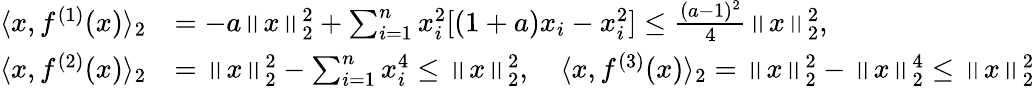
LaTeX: \begin{array}{rl}{\langle x,f^{(1)}(x)\rangle_{2}}&{=-a\left\| x\right\| _{2}^{2}+\sum_{i=1}^{n}x_{i}^{2}[(1+a)x_{i}-x_{i}^{2}]\leq\frac{(a-1)^{2}}{4}\left\| x\right\| _{2}^{2},}\\ {\langle x,f^{(2)}(x)\rangle_{2}}&{=\left\| x\right\| _{2}^{2}-\sum_{i=1}^{n}x_{i}^{4}\leq\left\| x\right\| _{2}^{2},\quad\langle x,f^{(3)}(x)\rangle_{2}=\left\| x\right\| _{2}^{2}-\left\| x\right\| _{2}^{4}\leq\left\| x\right\| _{2}^{2}}\end{array}